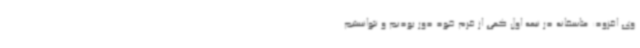
وی افزود: متاسفانه در نیمه اول کمی از فرم خود دور بودیم و نتوانستیم